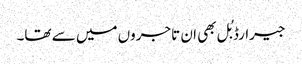
جیرارڈ بُل بھی ان تاجروں میں سے تھا۔